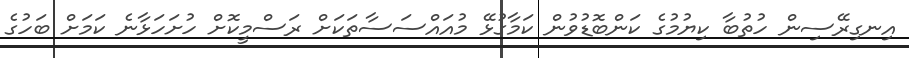
އިނގިރޭސިން ހުތުބާ ކިޔުމުގެ ކަންބޮޑުވުން ކަމާގުޅޭ މުއައްސަސާތަކަށް ރަސްމީކޮށް ހުށަހަޅާނެ ކަމަށް ބަހުގެ